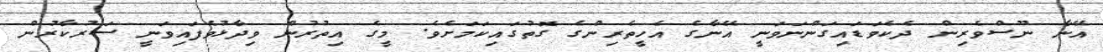
އޭނާ ނޫސްވެރިން ދެކެވަޑައިގަންނަވަނީ އޭނާގެ އެހީތެރިންގެ ގޮތުގައިކަމަށެވެ. މީގެ އިތުރުން ވިދާޅުވެފައިވަނީ ސަރުކާރުން